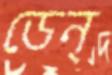
ডেন্